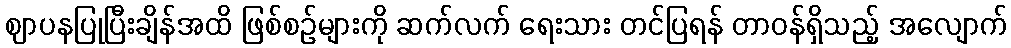
ဈာပနပြုပြီးချိန်အထိ ဖြစ်စဉ်များကို ဆက်လက် ရေးသား တင်ပြရန် တာဝန်ရှိသည့် အလျောက်